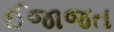
ઈજાજત